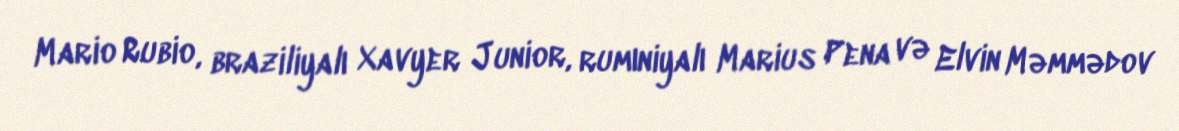
Mario Rubio, braziliyalı Xavyer Junior, rumıniyalı Marius Pena və Elvin Məmmədov